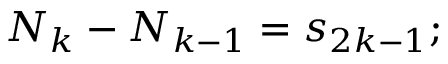
N _ { k } - N _ { k - 1 } = s _ { 2 k - 1 } ;